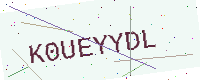
Text: K0UEYYDL